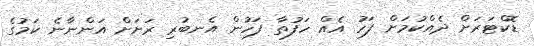
ޑޮކްޓަރަށް ދެއްކުމަށް ފަހު އެއް ހަފުތާ ފަހުން އެނބުރި ރަށަށް އަންނާނެ ކަމުގެ